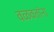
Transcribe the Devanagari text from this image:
वळवतांना